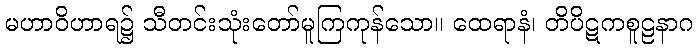
မဟာဝိဟာရ၌ သီတင်းသုံးတော်မူကြကုန်သော။ ထေရာနံ၊ တိပိဋကစူဠနာဂ